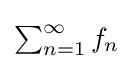
{\textstyle \sum _{n=1}^{\infty }f_{n}}